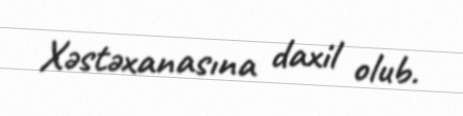
Xəstəxanasına daxil olub.